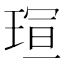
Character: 𪻭